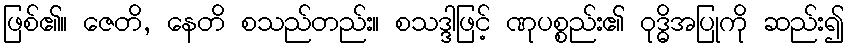
ဖြစ်၏။ ဇေတိ, နေတိ စသည်တည်း။ စသဒ္ဒါဖြင့် ဏုပစ္စည်း၏ ဝုဒ္ဓိအပြုကို ဆည်း၍